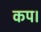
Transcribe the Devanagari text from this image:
कप।